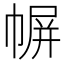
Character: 幈